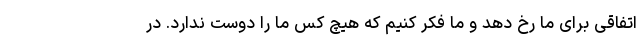
اتفاقی برای ما رخ دهد و ما فکر کنیم که هیچ کس ما را دوست ندارد. در